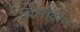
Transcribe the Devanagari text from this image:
सिलीवीज